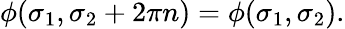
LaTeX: \phi(\sigma_{1},\sigma_{2}+2\pi n)=\phi(\sigma_{1},\sigma_{2}).